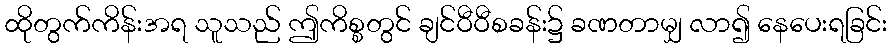
ထိုတွက်ကိန်းအရ သူသည် ဤကိစ္စတွင် ချင်ဝီဝီစခန်း၌ ခဏတာမျှ လာ၍ နေပေးရခြင်း